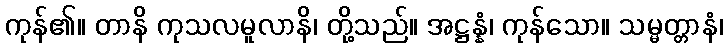
ကုန်၏။ တာနိ ကုသလမူလာနိ၊ တို့သည်။ အဋ္ဌန္နံ၊ ကုန်သော။ သမ္မတ္တာနံ၊